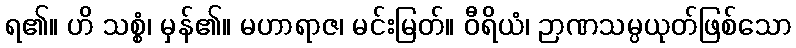
ရ၏။ ဟိ သစ္စံ၊ မှန်၏။ မဟာရာဇ၊ မင်းမြတ်။ ဝီရိယံ၊ ဉာဏသမ္ပယုတ်ဖြစ်သော